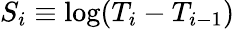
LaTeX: S_{i}\equiv\log(T_{i}-T_{i-1})